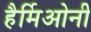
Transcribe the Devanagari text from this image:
हैर्मिओनी